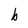
Character: b